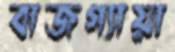
বাজগ্যায়া